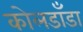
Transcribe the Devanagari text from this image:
कोलडाँडा